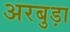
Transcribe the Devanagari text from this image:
अरबुड़ा